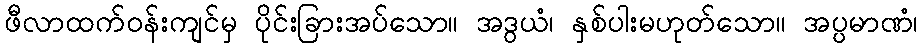
ဖီလာထက်ဝန်းကျင်မှ ပိုင်းခြားအပ်သော။ အဒွယံ၊ နှစ်ပါးမဟုတ်သော။ အပ္ပမာဏံ၊